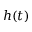
h ( t )